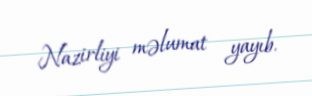
Nazirliyi məlumat yayıb.